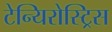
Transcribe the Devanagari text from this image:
टेन्यिरोस्ट्रिस